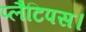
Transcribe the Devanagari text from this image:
प्लैटिपस।